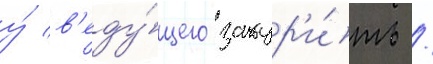
у́ в'еду́щего закур'и́ть /